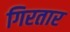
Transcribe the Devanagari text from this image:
गिरतार